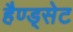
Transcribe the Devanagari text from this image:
हैण्ड्सेट